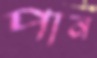
পান